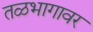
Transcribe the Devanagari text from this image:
तळभागावर